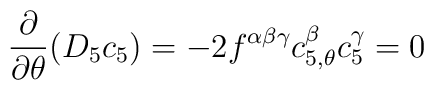
\frac{ \partial }{\partial \theta }(D_5c_5) = -2f^{\alpha\beta\gamma}c^\beta_{5, \theta }c^\gamma_5 =0